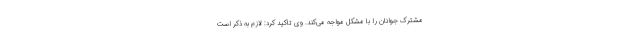
مشترک جوانان را با مشکل مواجه می‌کند. وی تاکید کرد: لازم به ذکر است